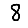
Digit: 8